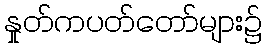
နှုတ်ကပတ်တော်များ၌